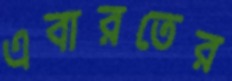
এবারতের